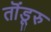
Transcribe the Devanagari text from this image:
तॊंडूरु